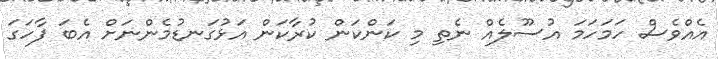
އެއްވެސް ހަމަހަމަ އުސޫލެއް ނެތި މި ކަންކަން ކުރާކަން އަޅުގަނޑުމެންނަށް އެބަ ފާހަގަ